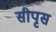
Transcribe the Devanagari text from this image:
सीपृस